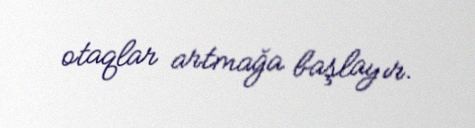
otaqlar artmağa başlayır.